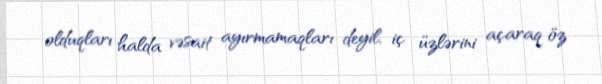
olduqları halda vəsait ayırmamaqları deyil, iç üzlərini açaraq öz